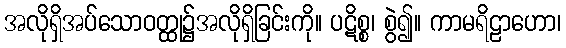
အလိုရှိအပ်သောဝတ္ထု၌အလိုရှိခြင်းကို။ ပဋိစ္စ၊ စွဲ၍။ ကာမရိဠာဟော၊